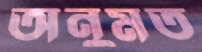
অনুমত